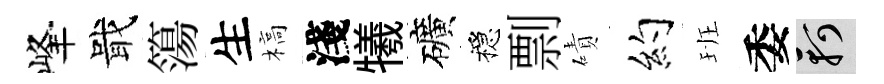
峰戢簜生槁淺犧礦穩剽磧约班委軻